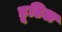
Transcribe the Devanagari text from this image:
डूडिल